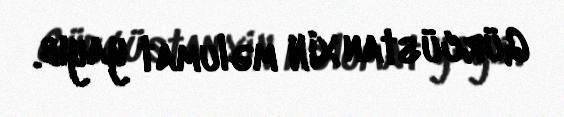
Gürcüstan XİN məlumat yayıb.